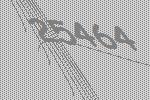
25464